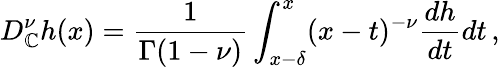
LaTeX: D_{\mathbb{C}}^{\nu}h(x)=\frac{{1}}{{\Gamma(1-\nu)}}\int_{x-\delta}^{x}(x-t)^{-\nu}\frac{{dh}}{{dt}}dt\, ,